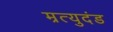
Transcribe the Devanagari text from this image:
म्रत्युदंड